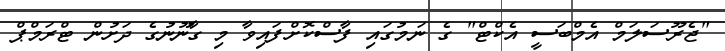
"ޖެރޫސަލަމް އެމްބަސީ އެކްޓް" ގެ ނަމުގައި ފާސްކޮށްފައިވާ މި ގާނޫނުގެ ދަށުން ޓްރަމްޕް